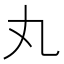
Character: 丸